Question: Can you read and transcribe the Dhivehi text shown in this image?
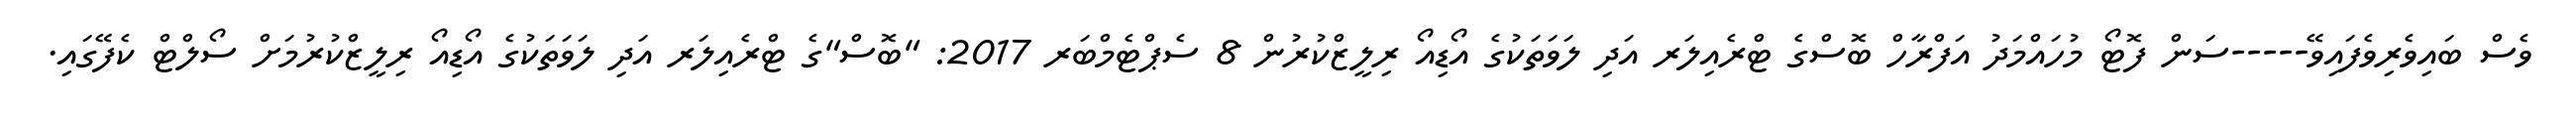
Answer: ވެސް ބައިވެރިވެފައިވޭ-----ސަން ފޮޓޯ މުހައްމަދު އަފްރާހް ބޮސްގެ ޓްރެއިލަރ އަދި ލަވަތަކުގެ އޯޑިއޯ ރިލީޒްކުރުން 8 ސެޕްޓެމްބަރ 2017: "ބޮސް"ގެ ޓްރެއިލަރ އަދި ލަވަތަކުގެ އޯޑިއޯ ރިލީޒްކުރުމަށް ސޯލްޓް ކެފޭގައި.